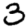
Digit: 3